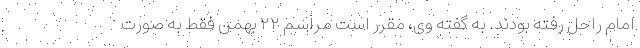
امام راحل رفته بودند. به گفته وی، مقرر است مراسم ۲۲ بهمن فقط به صورت